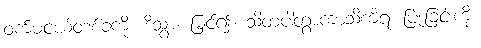
ဝက်မငယ်တစ်ခုကို။ ဒိသွာ၊ မြင်၍။ သိတံပါတွာကာသိကိရ၊ ပြုံးခြင်းကို